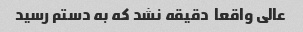
عالی واقعا  دقیقه نشد که به دستم رسید